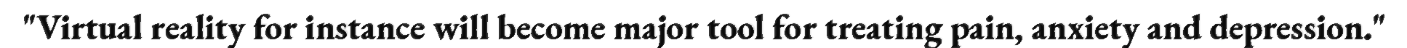
"Virtual reality for instance will become major tool for treating pain, anxiety and depression."